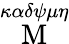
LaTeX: \stackrel{\kappa\alpha\delta\psi\mu\eta}{\mathrm{M}}